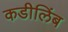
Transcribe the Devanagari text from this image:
कडीलिंब